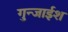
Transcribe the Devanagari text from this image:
गुन्जाईश